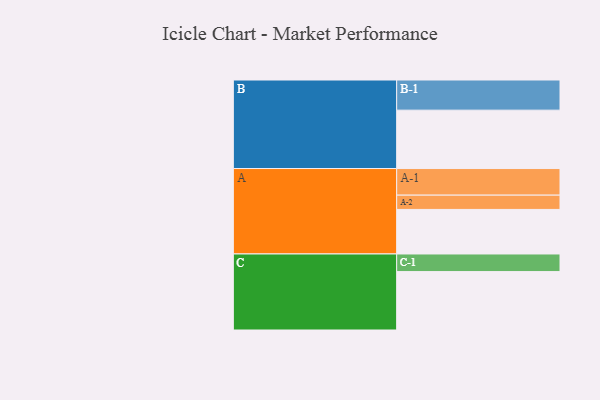
{"axis": {"x": "Segment", "y": "Value"}, "legend": ["", "A", "B", "C"], "data": [{"x": "A", "y": 402, "type": ""}, {"x": "B", "y": 527, "type": ""}, {"x": "C", "y": 527, "type": ""}, {"x": "A-1", "y": 240, "type": "A"}, {"x": "A-2", "y": 129, "type": "A"}, {"x": "B-1", "y": 272, "type": "B"}, {"x": "C-1", "y": 159, "type": "C"}]}